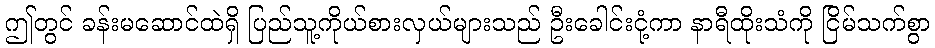
ဤတွင် ခန်းမဆောင်ထဲရှိ ပြည်သူ့ကိုယ်စားလှယ်များသည် ဦးခေါင်းငုံ့ကာ နာရီထိုးသံကို ငြိမ်သက်စွာ